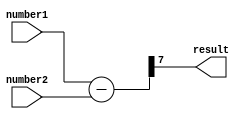
module unsigned_comparator(
    input [7:0] number1,
    input [7:0] number2,
    output result
);

wire [7:0] subtraction_result;
wire sign_bit;

assign subtraction_result = number1 - number2;
assign sign_bit = subtraction_result[7];

assign result = sign_bit;

endmodule